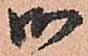
御